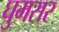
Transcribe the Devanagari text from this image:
घुमसर